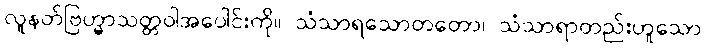
လူနတ်ဗြဟ္မာသတ္တဝါအပေါင်းကို။ သံသာရသောတတော၊ သံသာရာတည်းဟူသော